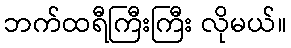
ဘက်ထရီကြီးကြီး လိုမယ်။